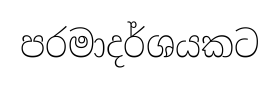
පරමාදර්ශයකට